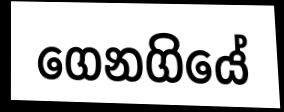
ගෙනගියේ